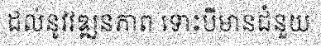
ដល់នូវវឌ្ឍនភាព ទោះបីមានជំនួយ